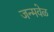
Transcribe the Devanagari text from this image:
जन्मवेळ